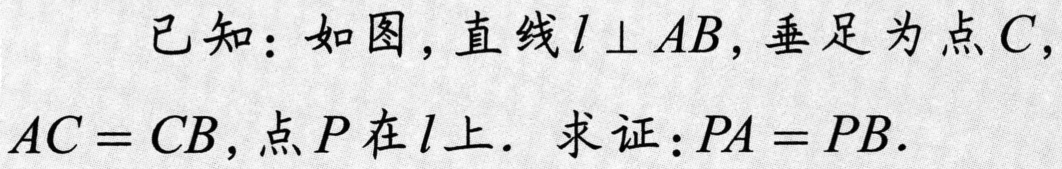
已知：如图，直线\(l\perp AB\)，垂足为点\(C\)，\(AC = CB\)，点\(P\)在\(l\)上. 求证：\(PA = PB\).